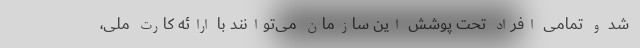
شد و تمامی افراد تحت پوشش این سازمان می‌توانند با ارائه کارت ملی،